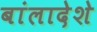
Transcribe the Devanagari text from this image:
बांलादेशे